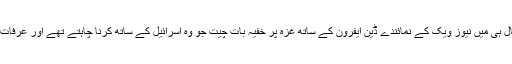
۶۹ سالہ محمد عباس نے حال ہی میں نیوز ویک کے نمائندے ڈین ایفرون کے ساتھ غزہ پر خفیہ بات چیت جو وہ اسرائیل کے ساتھ کرنا چاہتے تھے اور عرفات کے ساتھ ان [مزید پڑھیے]